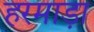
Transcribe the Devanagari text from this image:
हरमाड़ा